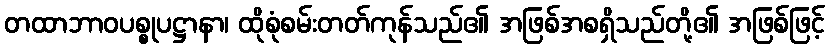
တထာဘာဝပစ္စုပဋ္ဌာနာ၊ ထိုစုံစမ်းတတ်ကုန်သည်၏ အဖြစ်အစရှိသည်တို့၏ အဖြစ်ဖြင့်